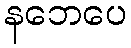
နဘေပေ